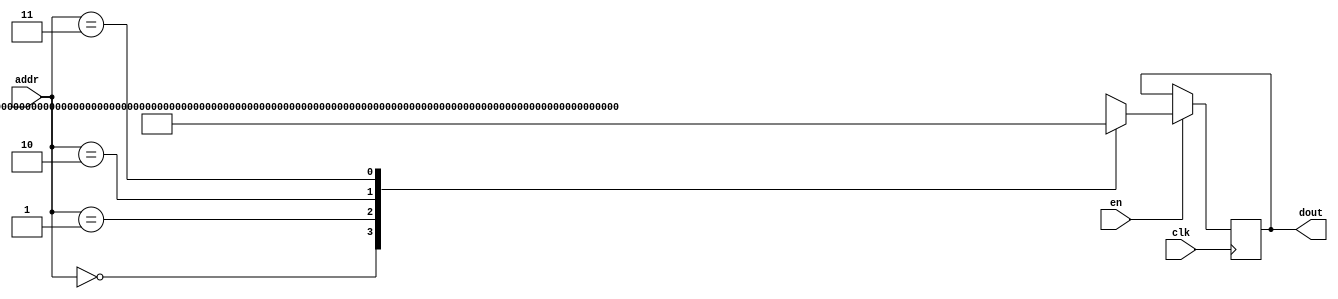
`timescale 1ns / 1ps
/*
Copyright
All right reserved.
Module Name: rom_syn
Author  : Zichuan Liu, Yixing Li and Wenye Liu.
Description:
A synthesized ROM: ROM_DEP x ROM_WID
*/
module AD_W_ROM_17(
// inputs
clk,
en,
addr,
// outputs
dout
);
localparam ROM_WID = 153;
localparam ROM_DEP = 4;
localparam ROM_ADDR = 2;
// input definition
input clk;
input en;
input [ROM_ADDR-1:0] addr;
// output definition
output [ROM_WID-1:0] dout;
reg [ROM_WID-1:0] data;
always @(posedge clk)
begin
if (en) begin
case(addr)
		2'd0: data <= 153'b000000100110111101111110111001010100000000011001111000000001001110001111110000001001111111111011011011000000000010010000000001001010000100000000111010010;
		2'd1: data <= 153'b000000000011111100000000000111111000000000001110110000000000100010010000000001000100000000000001010111000000000011001110000000000110110000000000001100110;
		2'd2: data <= 153'b000000100011111111111111101000001111111101001110000000000000101000100000000000011111000000000110000010111111010101110111111111110101110100000011000010010;
		2'd3: data <= 153'b111111111001010010000000101110011100000000101001101000000011001010011111101100001111100000000101110101000000001011111010000000010011110100000000001010010;
		endcase
		end
	end
	assign dout = data;
endmodule